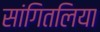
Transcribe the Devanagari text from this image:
सांगितलिया